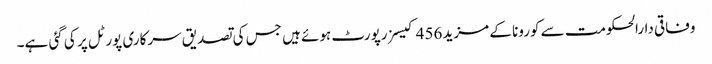
وفاقی دارالحکومت سے کورونا کے مزید 456 کیسز رپورٹ ہوئے ہیں جس کی تصدیق سرکاری پورٹل پر کی گئی ہے۔